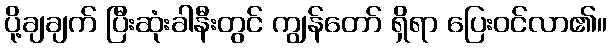
ပို့ချချက် ပြီးဆုံးခါနီးတွင် ကျွန်တော် ရှိရာ ပြေးဝင်လာ၏။